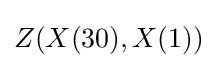
Z(X(30),X(1))